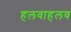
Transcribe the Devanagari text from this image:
हलवाहलव